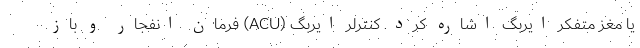
یا مغز متفکر ایربگ اشاره کرد. کنترلر ایربگ (ACU) فرمان انفجار و باز